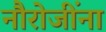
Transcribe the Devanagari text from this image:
नौरोजींना